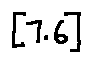
[ 7 . 6 ]